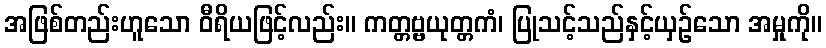
အဖြစ်တည်းဟူသော ဝီရိယဖြင့်လည်း။ ကတ္တဗ္ဗယုတ္တကံ၊ ပြုသင့်သည်နှင့်ယှဉ်သော အမှုကို။